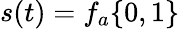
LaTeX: s(t)=f_{a}\{ 0,1\}